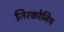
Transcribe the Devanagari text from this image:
जिरकोनिय